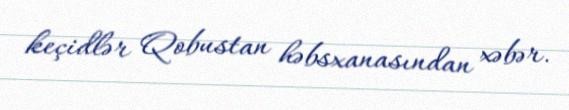
keçidlər Qobustan həbsxanasından xəbər.